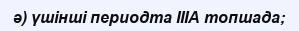
ә) үшінші периодта ІІІА топшада;